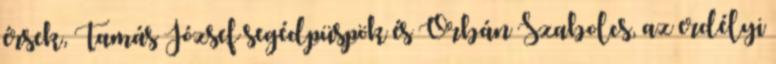
érsek, Tamás József segédpüspök és Orbán Szabolcs, az erdélyi